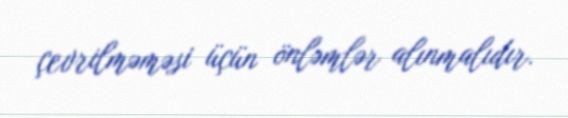
çevrilməməsi üçün önləmlər alınmalıdır.